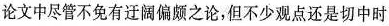
论文中尽管不免有迂阔偏颇之论，但不少观点还是切中时